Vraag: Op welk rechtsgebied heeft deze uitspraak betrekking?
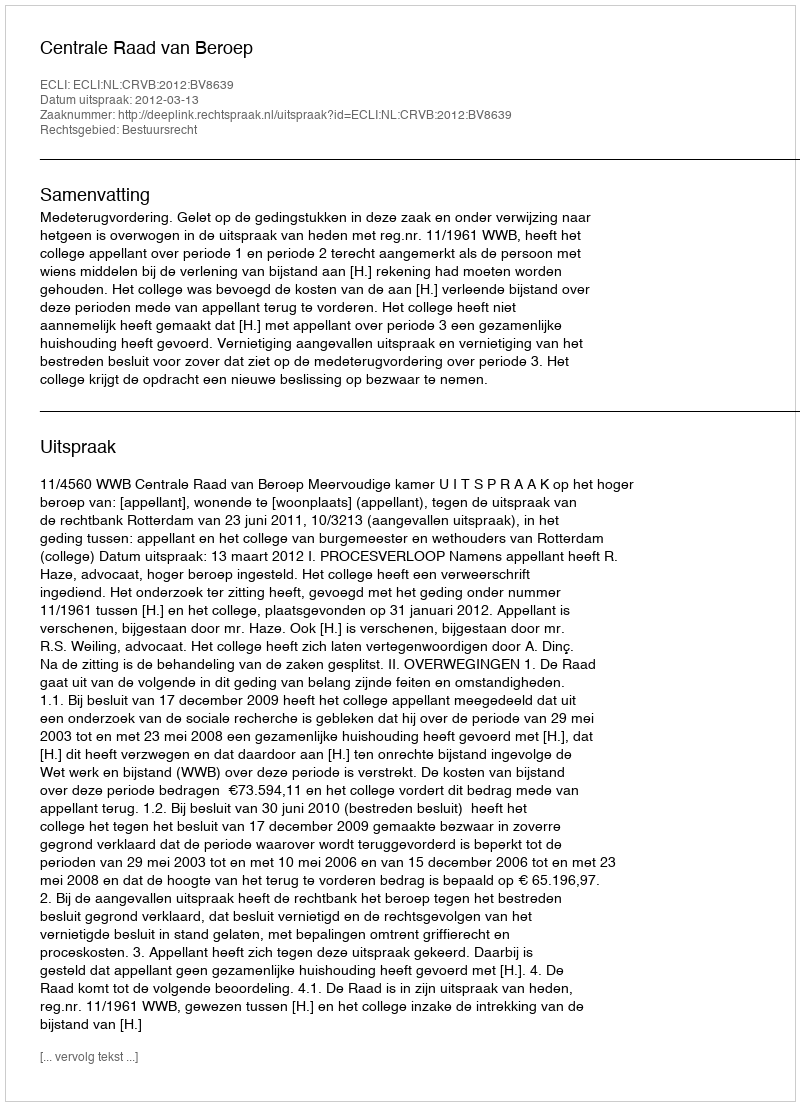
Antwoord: Bestuursrecht